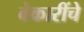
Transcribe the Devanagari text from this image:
बेकारींचे